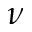
\nu